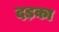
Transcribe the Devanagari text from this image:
दड़का